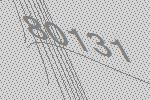
80131